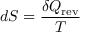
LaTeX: d S = { \frac { \delta Q _ { \mathrm { r e v } } } { T } }